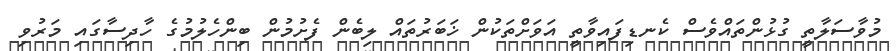
މުވާސަލާތީ ގުޅުންތައްވެސް ކެނޑިފައިވާތީ އަވަށްތަކުން ޚަބަރުތައް ލިބެން ފެށުމުން ބިންހެލުމުގެ ހާދިސާގައި މަރުވި